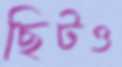
ছিটও